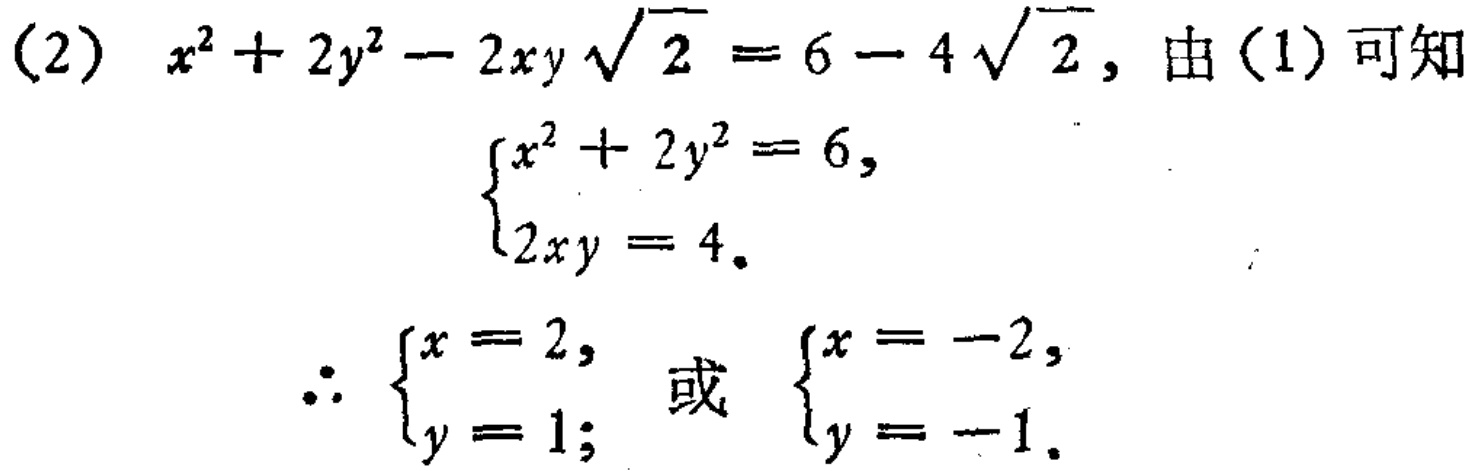
(2) \(x^{2}+2y^{2}-2xy\sqrt{2}=6 - 4\sqrt{2}\), 由(1)可知

\[\begin{cases}

x^{2}+2y^{2}=6,\\

2xy = 4.

\end{cases}\]

\(\therefore\) \(\begin{cases}x = 2,\\y = 1;\end{cases}\) 或 \(\begin{cases}x = -2,\\y = -1.\end{cases}\)